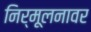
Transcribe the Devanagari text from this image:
निर्मूलनावर